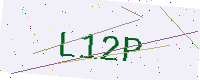
Text: L12P